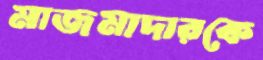
মাজমাদারকে